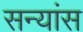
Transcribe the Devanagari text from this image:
सन्यांस